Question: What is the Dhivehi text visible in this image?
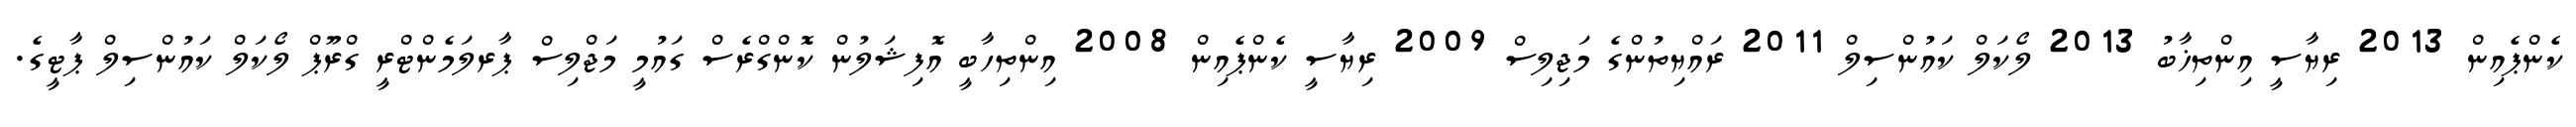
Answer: ކެންޕެއިން 2013 ރިޔާސީ އިންތިޚާބު 2013 ލޯކަލް ކައުންސިލް 2011 ރައްޔިތުންގެ މަޖިލިސް 2009 ރިޔާސީ ކެންޕެއިން 2008 އިންތިހާބީ އޮފިޝަލުން ކޮންގްރެސް ގައުމީ މަޖްލިސް ޕާރލަމެންޓްރީ ގްރޫޕް ލޯކަލް ކައުންސިލް ޕާޓީގެ.